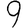
Digit: 9